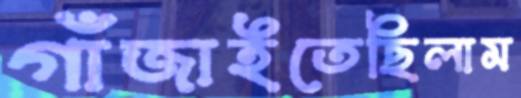
গাঁজাইতেছিলাম